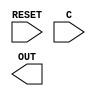
//-----------------------------------------------------------------------------
// BR32 - Bistable Ring PUF 32-bit 
//-----------------------------------------------------------------------------
// dump-vcd: False
// verilator-xinit: zeros
module BR32 
(
  input wire RESET,
  input wire [31:0] C,
  output wire OUT
);
  supply1 VDD;
  supply0 VSS;
  // empty module
  // see lib file
  
endmodule